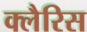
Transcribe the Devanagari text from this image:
क्लैरिस